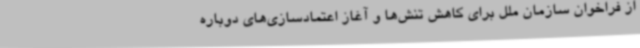
از فراخوان سازمان ملل برای کاهش تنش‌ها و آغاز اعتمادسازی‌های دوباره